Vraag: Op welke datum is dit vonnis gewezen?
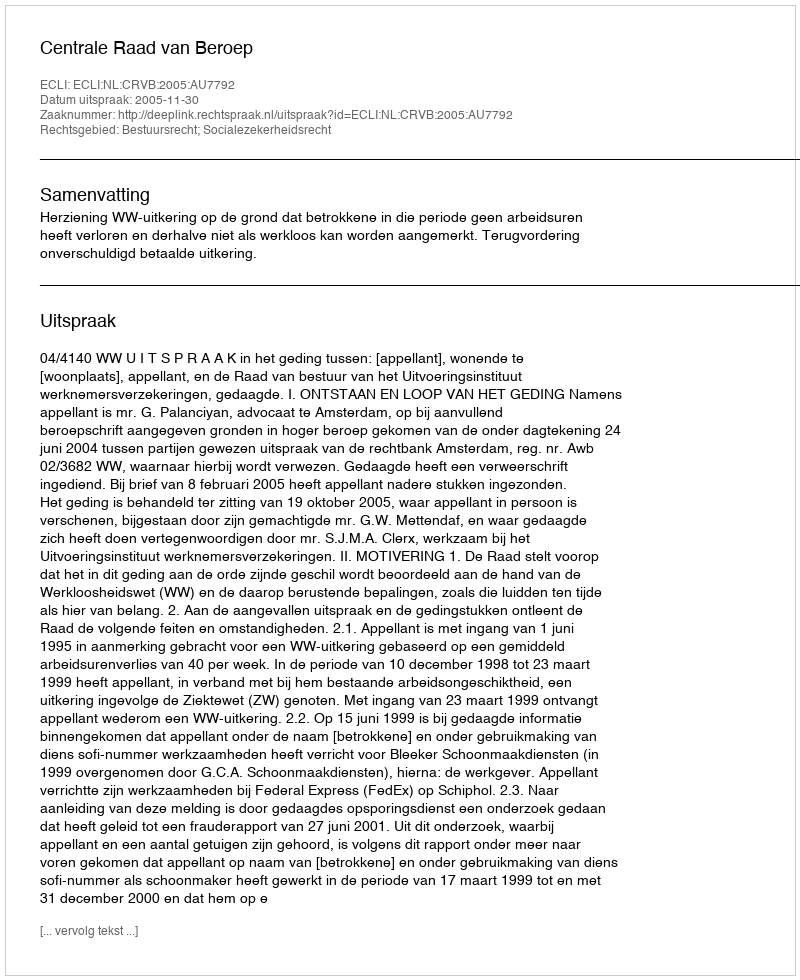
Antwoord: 2005-11-30